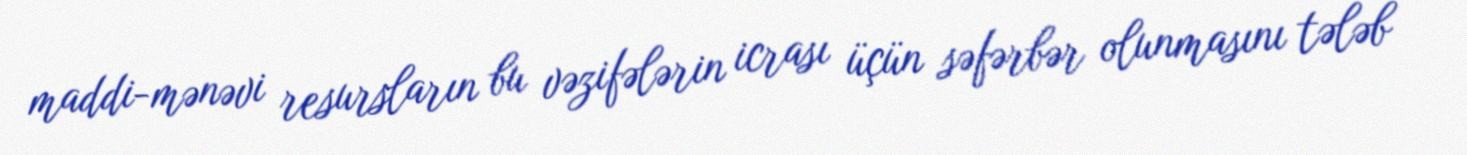
maddi-mənəvi resursların bu vəzifələrin icrası üçün səfərbər olunmasını tələb